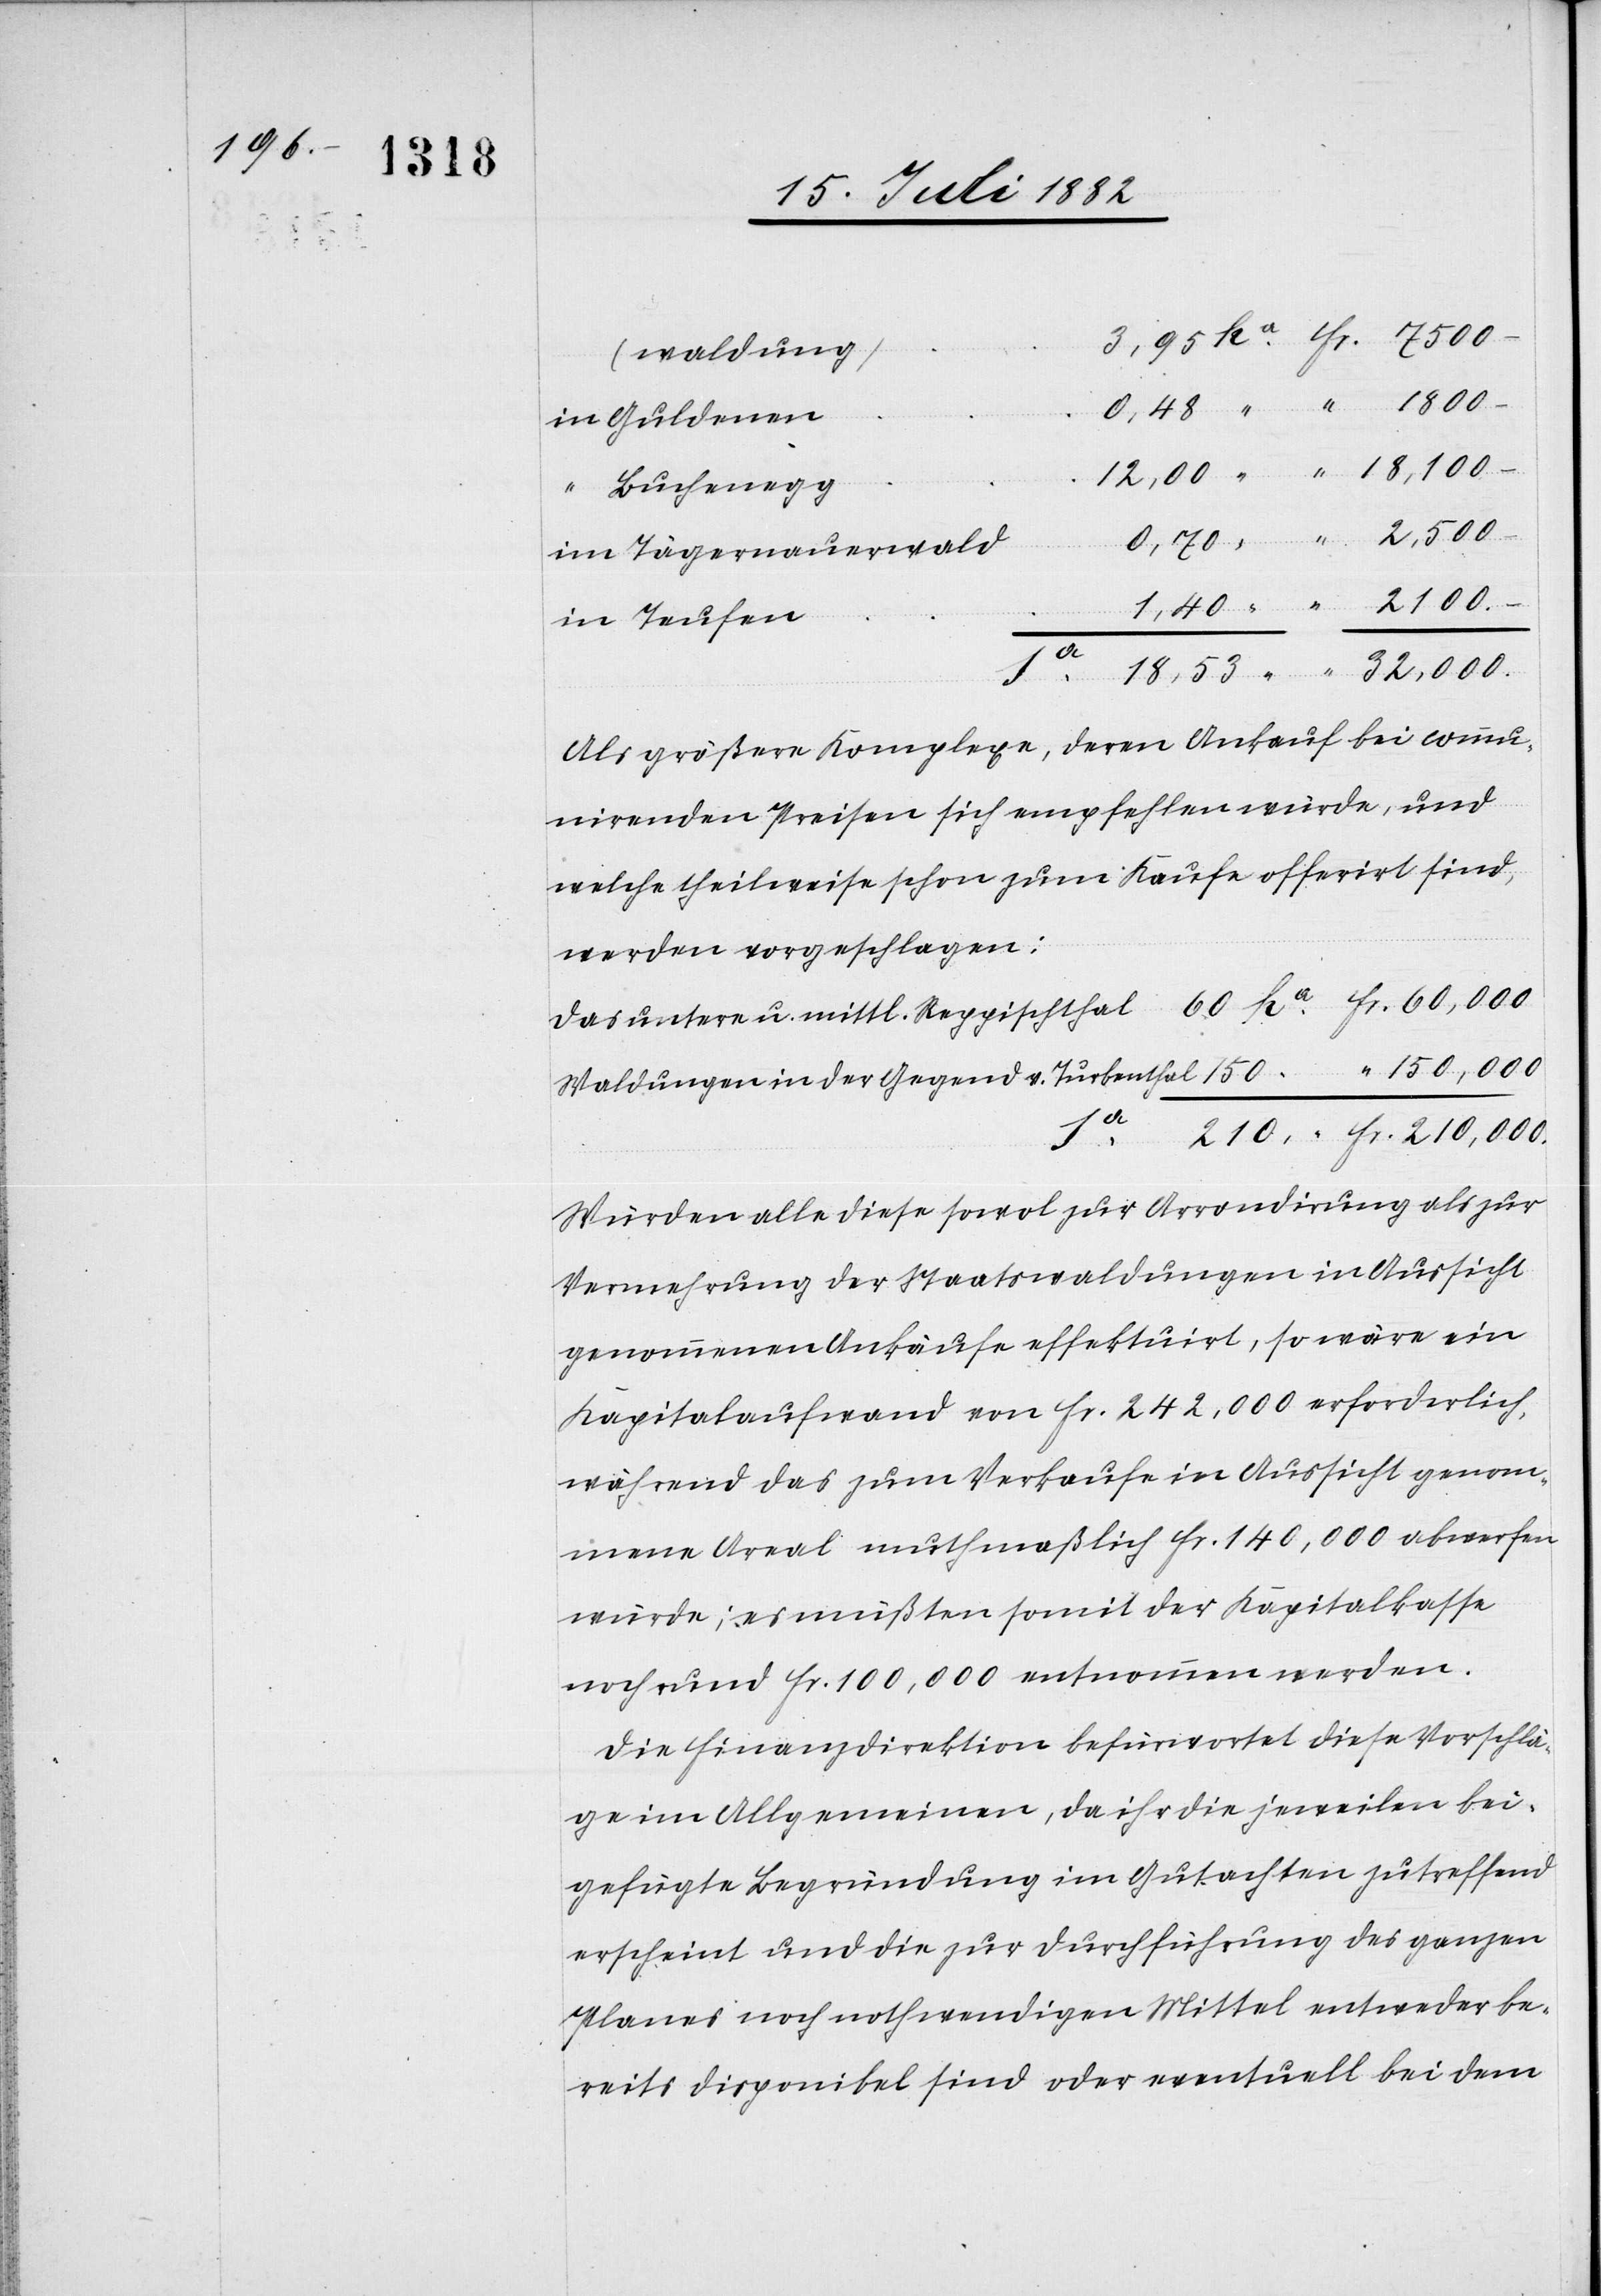
waldung)
in Guldenen
“ Buchenegg
im Tägernauerwald
in Teufen
Als größere Komplexe, deren Ankauf bei comm¬
unirenden Preisen sich empfehlen würde, und
welche theilweise schon zum Kaufe offerirt sind,
werden vorgeschlagen:
210,000
Waldungen in der Gegend v. Turbenthal
Würden alle diese sowol zur Arrondirung als zur
Vermehrung der Staatswaldungen in Aussicht
genommenen Ankäufe effektuirt, so wäre ein
Kapitalaufwand von Fr. 242,000 erforderlich,
während das zum Verkaufe in Aussicht genom¬
mene Areal muthmaßlich Fr. 140,000 abwerfen
würde; es müßten somit der Kapitalkasse
noch rund Fr. 100,000 entnommen werden.
Die Finanzdirektion befürwortet diese Vorschlä¬
ge im Allgemeinen, da ihr die jeweilen bei¬
gefügte Begründung im Gutachten zutreffend
erscheint und die zur Durchführung des ganzen
Planes noch nothwendigen Mittel entweder be¬
reits disponibel sind oder eventuell bei dem